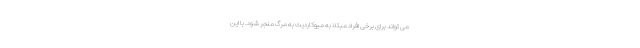
می تواند برای برخی افراد مبتلا به میوکاردیت به مرگ منجر شود. با این